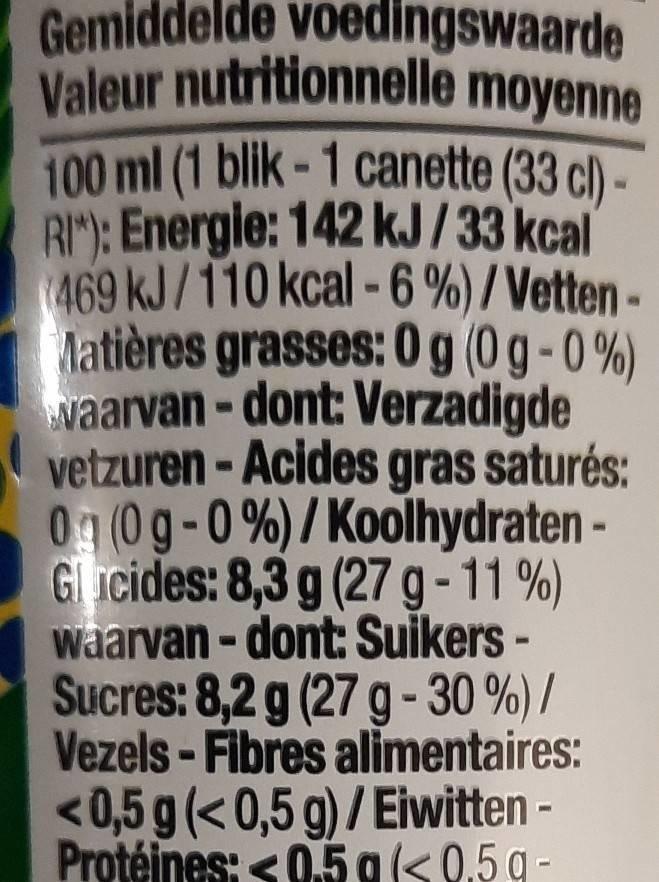
Valeur nutritionnelle moyenne
Gemiddelde voedingswaarde
100 ml (1 blik-1 canette (33 c) - RM): Energie: 142 kJ/33 kcal (469 kJ/110 kcal-6 %)/ Vetten- latières grasses: 0 g (0g-0%) waarvan-dont: Verzadigde vetzuren -Acides gras saturés: 0n (0g-0%)/Koolhydraten - Glucides: 8,3 g (27 g-11 %) waarvan - dont: Suikers - Sucres: 8,2 g (27 g- 30 %) / Vezels - Fibres alimentaires: <0,5 g(< 0,5 g)/Eiwitten - Protéines: < 05 gs0,5g-
GN